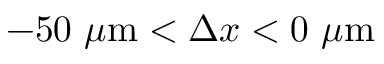
- 5 0 ~ \mu \mathrm { m } < \Delta x < 0 ~ \mu \mathrm { m }